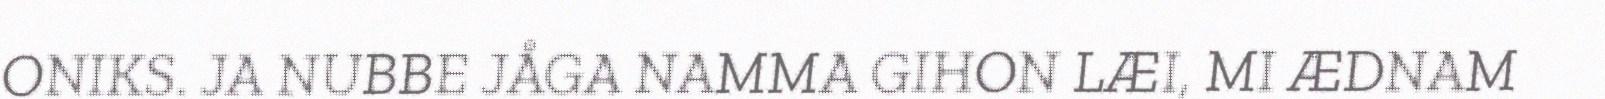
ONIKS. JA NUBBE JÅGA NAMMA GIHON LÆI, MI ÆDNAM